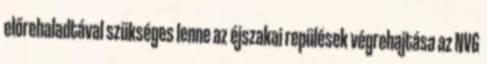
előrehaladtával szükséges lenne az éjszakai repülések végrehajtása az NVG